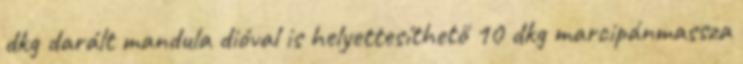
dkg darált mandula dióval is helyettesíthető 10 dkg marcipánmassza